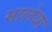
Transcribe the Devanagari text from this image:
मालेया